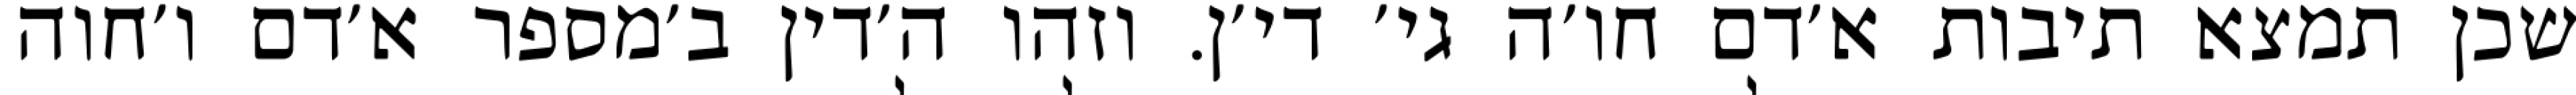
שכן תמצא תיבות א׳דם חו׳ה גי׳ די׳ן. וזהו ה׳דין ב׳מספר א׳דם ו׳חוה